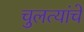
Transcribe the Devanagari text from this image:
चुलत्यांचे